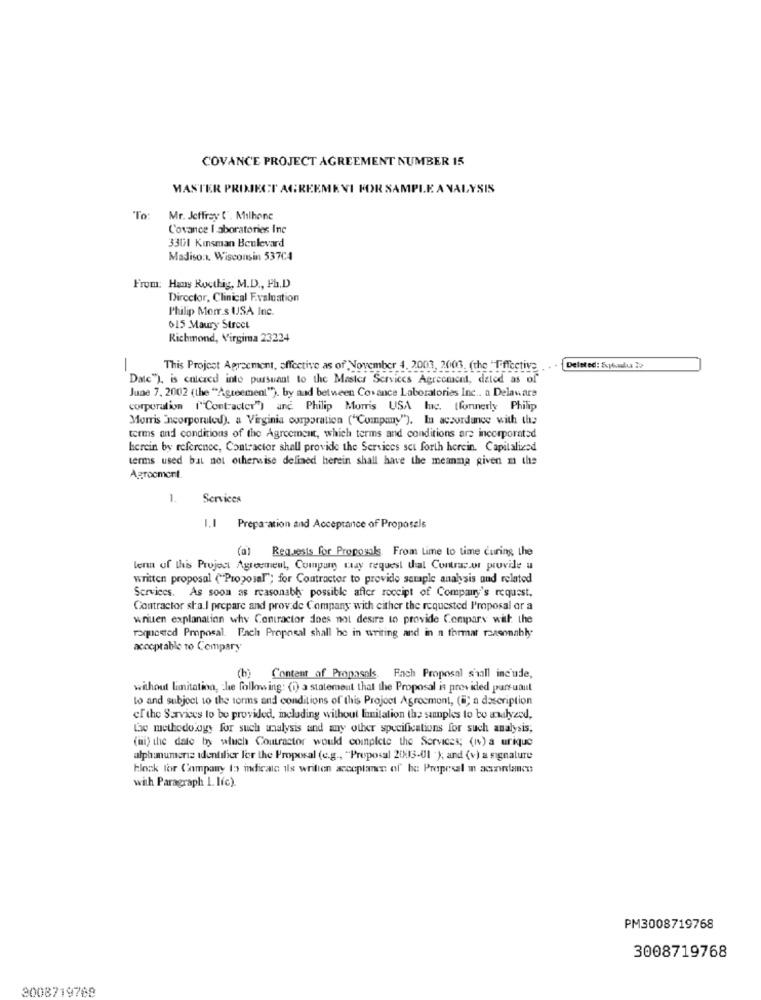
COVANCE PROJECT AGREEMENT NUMBER 15
MASTER PROJECT
"To:
Mr. Jeffrey (". Milhone
Covance I aboratories Inc
3301 Kinsman Boulevard
Madison, Wisconsin 537C4
From: Hany Rocthig, M.D ., Ph.D
Director, Clinical Evaluation
Philip Morr.s USA Inc.
615 Maury Street
Richmond, Virgima 23224
--
This Project Agreement, affective as of November 4. 2003, 2003. (the -Tiffcetive
Deleted: Supbadlua ??
Date"), is entered into pursuant to the Master Services Agreement, daled as of
June 7, 2002 (the "Agreement"). by aud between Covance Laboratories Inc .. a Delaware
corporation ("Contracter") and Philip Morris USA luc. (formerly Philip
Morris Incorporated), a Virginia corporation ("Company"). In accordance with the
terms and conditions of the Agreement, which terms and conditions are incorporated
herein by reference, Contractor shall provide the Services set forth herein. Capitalized
terms used but not otherwise defined herein shall have the meanma given m the
Agrocmort
1.
Services
I.I Preparation and Acceptance of Proposals
(al Requests for Proposals, From Lime to time curing, the
term of this Project Agreement, Company may request that Contracor provide u
written proposal ("Proposal"; for Contractor to provide seraple analysis and related
Services. As soon as reasonably possible after roccipt of Company's request.
Contractor sta.I prepare and prov.de Company with either the requested Proposal or a
waniuen explanation why Contractor does not desire to provide Compare with the
rexpeered Proposal. Fach Proposal shall he in writing and in a format reasonably
acceptable to Compary
) Content of Proposals Fach Proposal shall inc'ude,
without limitation, che following: (i) a statement that the Proposal is provided pursuaut
to and subject to the forms and conditions of this Project Agreement, (6; a description
of the Services to be provided, including without limitation the sunnpkes to bo analyzed,
Lae methodology for such analysis and any other specifications for such analysis;
(i) the date by which Contractor would complete the Services; (iv) a urique
alphanumerie identifier l'er the Proposal (e.g ., "Proposal 2013-U1 '); and (v) a signature
block for Company to indicain ils wrilien acceplanen of be Propesal in accordance
with Paragraph 1. Ifc).
PM3008719768
3008719768
3008719768